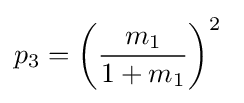
p_{3}=\left({\frac {m_{1}}{1+m_{1}}}\right)^{2}\